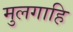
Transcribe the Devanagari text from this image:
मुलगाहि